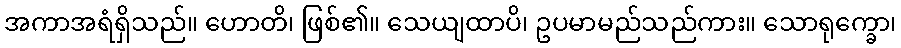
အကာအရံရှိသည်။ ဟောတိ၊ ဖြစ်၏။ သေယျထာပိ၊ ဥပမာမည်သည်ကား။ သောရုက္ခော၊